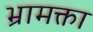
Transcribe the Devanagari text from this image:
भ्रामक्ता